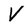
Character: V